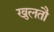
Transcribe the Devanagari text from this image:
खुलतौ